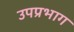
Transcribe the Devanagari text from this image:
उपप्रभाग